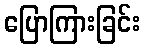
ပြောကြားခြင်း